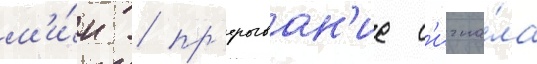
м'и́н / пр'ерыван'ие с'игна́ла